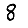
Digit: 8